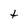
Character: t